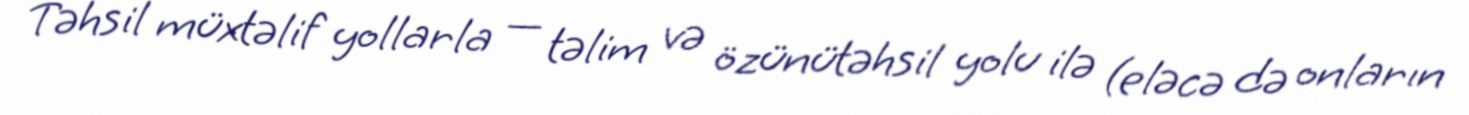
Təhsil müxtəlif yollarla — təlim və özünütəhsil yolu ilə (eləcə də onların